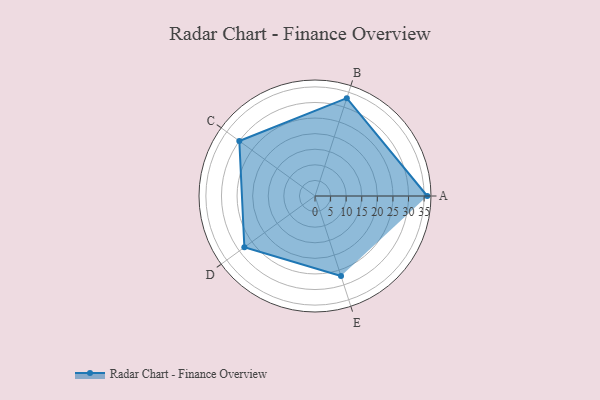
{"axis": {"x": "Skill", "y": "Score"}, "legend": ["Profile"], "data": [{"x": "A", "y": 36.0, "type": "Profile"}, {"x": "B", "y": 33.0, "type": "Profile"}, {"x": "C", "y": 30.0, "type": "Profile"}, {"x": "D", "y": 28.0, "type": "Profile"}, {"x": "E", "y": 27.0, "type": "Profile"}]}